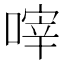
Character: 𠹼